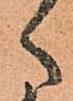
ゝ